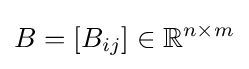
B=[B_{ij}]\in \mathbb {R} ^{n\times m}